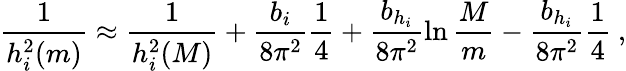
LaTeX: \frac{1}{h_{i}^{2}(m)}\approx\frac{1}{h_{i}^{2}(M)}+\frac{b_{i}}{8\pi^{2}}\frac{1}{4}+\frac{b_{h_{i}}}{8\pi^{2}}\ln\frac{M}{m}-\frac{b_{h_{i}}}{8\pi^{2}}\frac{1}{4}\ ,